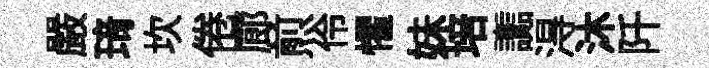
嚴𤦺坎倦廊煎伶懼妹培讟淂沐阡